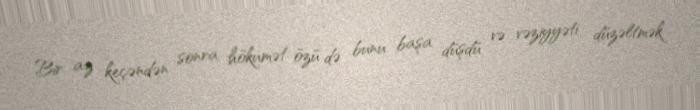
Bir az keçəndən sonra hökumət özü də bunu başa düşdü və vəziyyəti düzəltmək